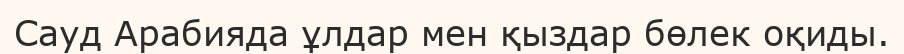
Сауд Арабияда ұлдар мен қыздар бөлек оқиды.